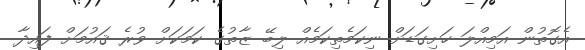
އެގޮތުން އަމިއްލަ ހަށިގަޑަށް ނިކަމެތިކަމެއް ލިބޭ ޒާތުގެ ކަމަކަށް ވުރެ ޤައުމަށް ފައިދާ